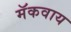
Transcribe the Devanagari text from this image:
मॅकवाय